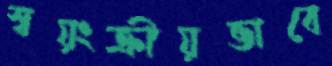
স্বয়ংক্রীয়ভাবে